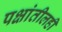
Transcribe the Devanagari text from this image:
पक्षांतीलही